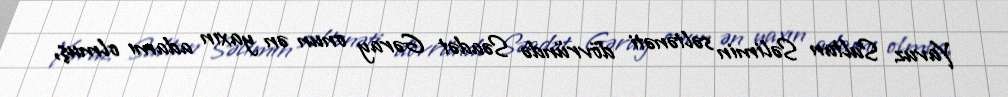
Yavuz Sultan Səlimin səltənəti dövründə Səadət Gəray onun ən yaxın adamı olmuş,